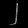
Digit: ၂